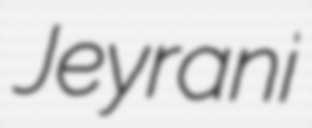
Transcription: Jeyrani